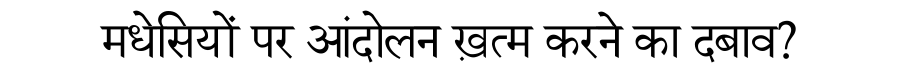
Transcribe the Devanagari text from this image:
मधेसियों पर आंदोलन ख़त्म करने का दबाव?